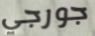
جورجي